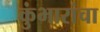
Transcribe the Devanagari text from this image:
कुंभारांचा